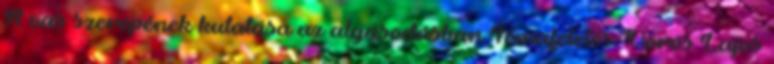
A vas szerepének kutatása az algásodásban Témafelelős: Vörös Lajos